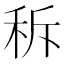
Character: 𱶁